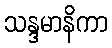
သန္ဒမာနိကာ